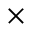
\times